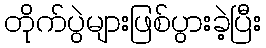
တိုက်ပွဲများဖြစ်ပွားခဲ့ပြီး